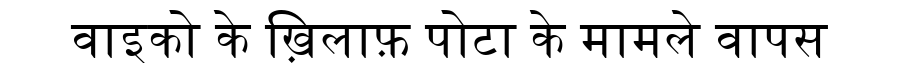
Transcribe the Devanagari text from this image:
वाइको के ख़िलाफ़ पोटा के मामले वापस